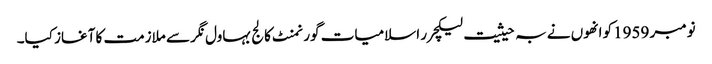
نومبر 1959کو انھوں نے بہ حیثیت لیکچرر اسلامیات گورنمنٹ کالج بہاول نگر سے ملازمت کا آغاز کیا۔